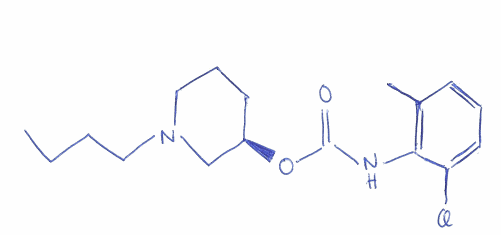
Simplified molecular-input line-entry system (SMILES) notation of the given molecule:
CCCCN1CCC[C@H](C1)OC(=O)NC2=C(C=CC=C2Cl)C